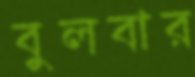
বুলবার